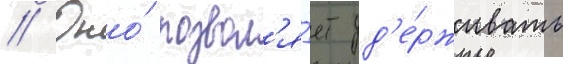
// Оно́ позвол'я́ет уд'е́рживать